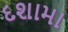
દશામા